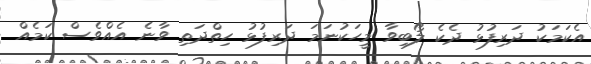
އެކަމަކު ދަރިފުޅު ދެކެ ލޯބިވާ މީހަކުނަމަ ދަރިފުޅު ހިތްދަތި ވާނެ އެއްވެސް ކަމެއް